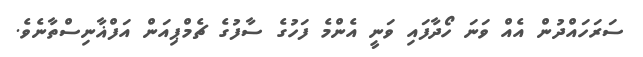
ސަރަހައްދުން އެއް ވަނަ ހޯދާފައި ވަނީ އެންމެ ފަހުގެ ސާފުގެ ޗެމްޕިއަން އަފްޣާނިސްތާނެވެ.